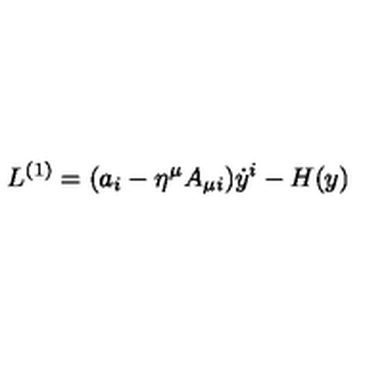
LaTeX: L ^ { ( 1 ) } = ( a _ { i } - \eta ^ { \mu } A _ { \mu i } ) \dot { y } ^ { i } - H ( y )